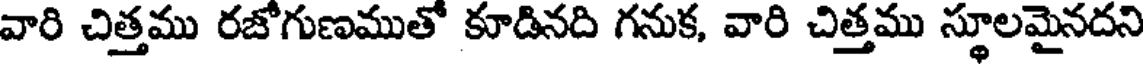
వారి చిత్తము రజోగుణముతో కూడినది గనుక, వారి చిత్తము స్థూలమైనదని